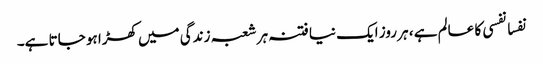
نفسا نفسی کا عالم ہے ، ہر روز ایک نیا فتنہ ہر شعبہ زندگی میں کھڑا ہو جاتا ہے۔